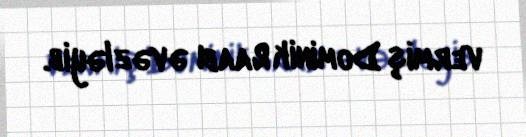
vermiş Dominik Raabı əvəzləyib.